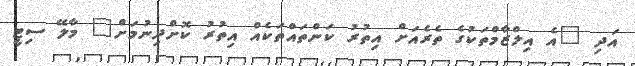
އަދި "އެ އިލްޒާމްތަކުގެ ތެރެއަށް އިތުރު ކަންތައްތަކެއް އިތުރު ކޮށްދިނުމަށް" މާލޭ ސިޓީ